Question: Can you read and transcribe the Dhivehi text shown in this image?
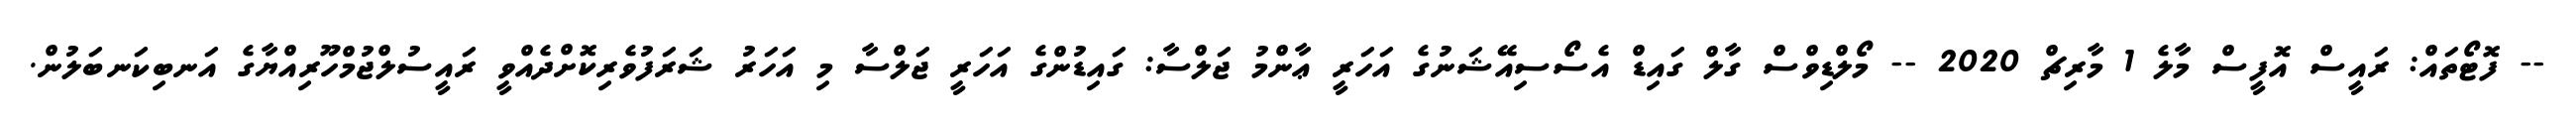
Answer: -- ފޮޓޯތައް: ރައީސް އޮފީސް މާލެ 1 މާރިޗް 2020 -- މޯލްޑިވްސް ގާލް ގައިޑް އެސޯސިއޭޝަނުގެ އަހަރީ ޢާންމު ޖަލްސާ: ގައިޑުންގެ އަހަރީ ޖަލްސާ މި އަހަރު ޝަރަފުވެރިކޮށްދެއްވީ ރައީސުލްޖުމްހޫރިއްޔާގެ އަނބިކަނބަލުން.